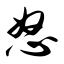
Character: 怒